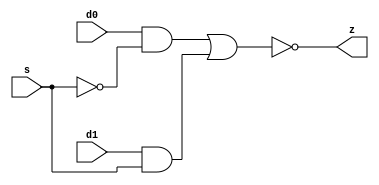
//#############################################################################
//# Function: 2-Input Inverting Mux                                           #
//#                                                                           #
//# Copyright: OH Project Authors. ALl rights Reserved.                       #
//# License:  MIT (see LICENSE file in OH repository)                         #
//#############################################################################

module asic_muxi2 #(parameter PROP = "DEFAULT")   (
    input  d0,
    input  d1,
    input  s,
    output z
    );

   assign z = ~((d0 & ~s) | (d1 & s));

endmodule